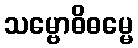
သမ္ဗောဓိဓမ္မေ